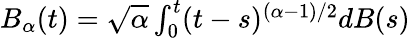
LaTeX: \begin{array}{r}{B_{\alpha}(t)=\sqrt{\alpha}\int_{0}^{t}(t-s)^{(\alpha-1)/2}dB(s)}\end{array}